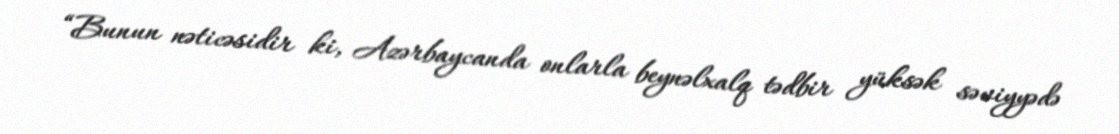
“Bunun nəticəsidir ki, Azərbaycanda onlarla beynəlxalq tədbir yüksək səviyyədə